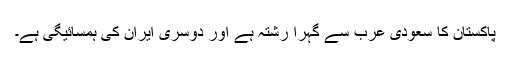
پاکستان کا سعودی عرب سے گہرا رشتہ ہے اور دوسری ایران کی ہمسائیگی ہے۔